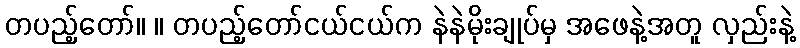
တပည့်တော်။ ။ တပည့်တော်ငယ်ငယ်က နဲနဲမိုးချုပ်မှ အဖေနဲ့အတူ လှည်းနဲ့